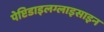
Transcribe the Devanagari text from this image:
पेप्टिडाइलग्लाइसाइन